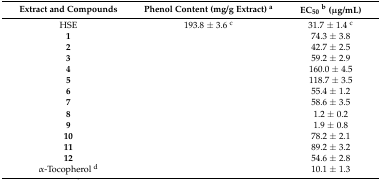
<table><thead><tr><td><b>Extract and Compounds</b></td><td><b>Phenol Content (mg/g Extract) <sup>a</sup></b></td><td><b>EC<sub>50</sub><sup>b</sup> (μg/mL)</b></td></tr></thead><tbody><tr><td>HSE</td><td>193.8 ± 3.6 <sup>c</sup></td><td>31.7 ± 1.4 <sup>c</sup></td></tr><tr><td><b>1</b></td><td></td><td>74.3 ± 3.8</td></tr><tr><td><b>2</b></td><td></td><td>42.7 ± 2.5</td></tr><tr><td><b>3</b></td><td></td><td>59.2 ± 2.9</td></tr><tr><td><b>4</b></td><td></td><td>160.0 ± 4.5</td></tr><tr><td><b>5</b></td><td></td><td>118.7 ± 3.5</td></tr><tr><td><b>6</b></td><td></td><td>55.4 ± 1.2</td></tr><tr><td><b>7</b></td><td></td><td>58.6 ± 3.5</td></tr><tr><td><b>8</b></td><td></td><td>1.2 ± 0.2</td></tr><tr><td><b>9</b></td><td></td><td>1.9 ± 0.8</td></tr><tr><td><b>10</b></td><td></td><td>78.2 ± 2.1</td></tr><tr><td><b>11</b></td><td></td><td>89.2 ± 3.2</td></tr><tr><td><b>12</b></td><td></td><td>54.6 ± 2.8</td></tr><tr><td>α-Tocopherol <sup>d</sup></td><td></td><td>10.1 ± 1.3</td></tr></tbody></table>